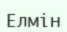
Елмін